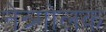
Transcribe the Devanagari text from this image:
नेत्र्गोलक